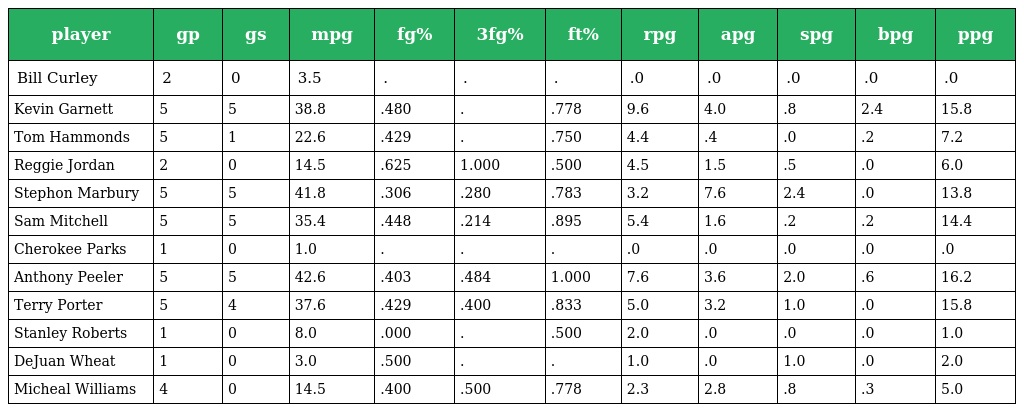
| player | gp | gs | mpg | fg% | 3fg% | ft% | rpg | apg | spg | bpg | ppg |
 | --- | --- | --- | --- | --- | --- | --- | --- | --- | --- | --- | --- |
 | Bill Curley | 2 | 0 | 3.5 | . | . | . | .0 | .0 | .0 | .0 | .0 |
 | Kevin Garnett | 5 | 5 | 38.8 | .480 | . | .778 | 9.6 | 4.0 | .8 | 2.4 | 15.8 |
 | Tom Hammonds | 5 | 1 | 22.6 | .429 | . | .750 | 4.4 | .4 | .0 | .2 | 7.2 |
 | Reggie Jordan | 2 | 0 | 14.5 | .625 | 1.000 | .500 | 4.5 | 1.5 | .5 | .0 | 6.0 |
 | Stephon Marbury | 5 | 5 | 41.8 | .306 | .280 | .783 | 3.2 | 7.6 | 2.4 | .0 | 13.8 |
 | Sam Mitchell | 5 | 5 | 35.4 | .448 | .214 | .895 | 5.4 | 1.6 | .2 | .2 | 14.4 |
 | Cherokee Parks | 1 | 0 | 1.0 | . | . | . | .0 | .0 | .0 | .0 | .0 |
 | Anthony Peeler | 5 | 5 | 42.6 | .403 | .484 | 1.000 | 7.6 | 3.6 | 2.0 | .6 | 16.2 |
 | Terry Porter | 5 | 4 | 37.6 | .429 | .400 | .833 | 5.0 | 3.2 | 1.0 | .0 | 15.8 |
 | Stanley Roberts | 1 | 0 | 8.0 | .000 | . | .500 | 2.0 | .0 | .0 | .0 | 1.0 |
 | DeJuan Wheat | 1 | 0 | 3.0 | .500 | . | . | 1.0 | .0 | 1.0 | .0 | 2.0 |
 | Micheal Williams | 4 | 0 | 14.5 | .400 | .500 | .778 | 2.3 | 2.8 | .8 | .3 | 5.0 |